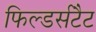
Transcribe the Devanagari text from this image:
फिल्डर्सटैट